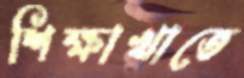
শিক্ষাখাতে